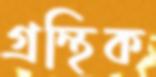
গ্রন্থিক